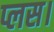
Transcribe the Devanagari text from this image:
प्लस।